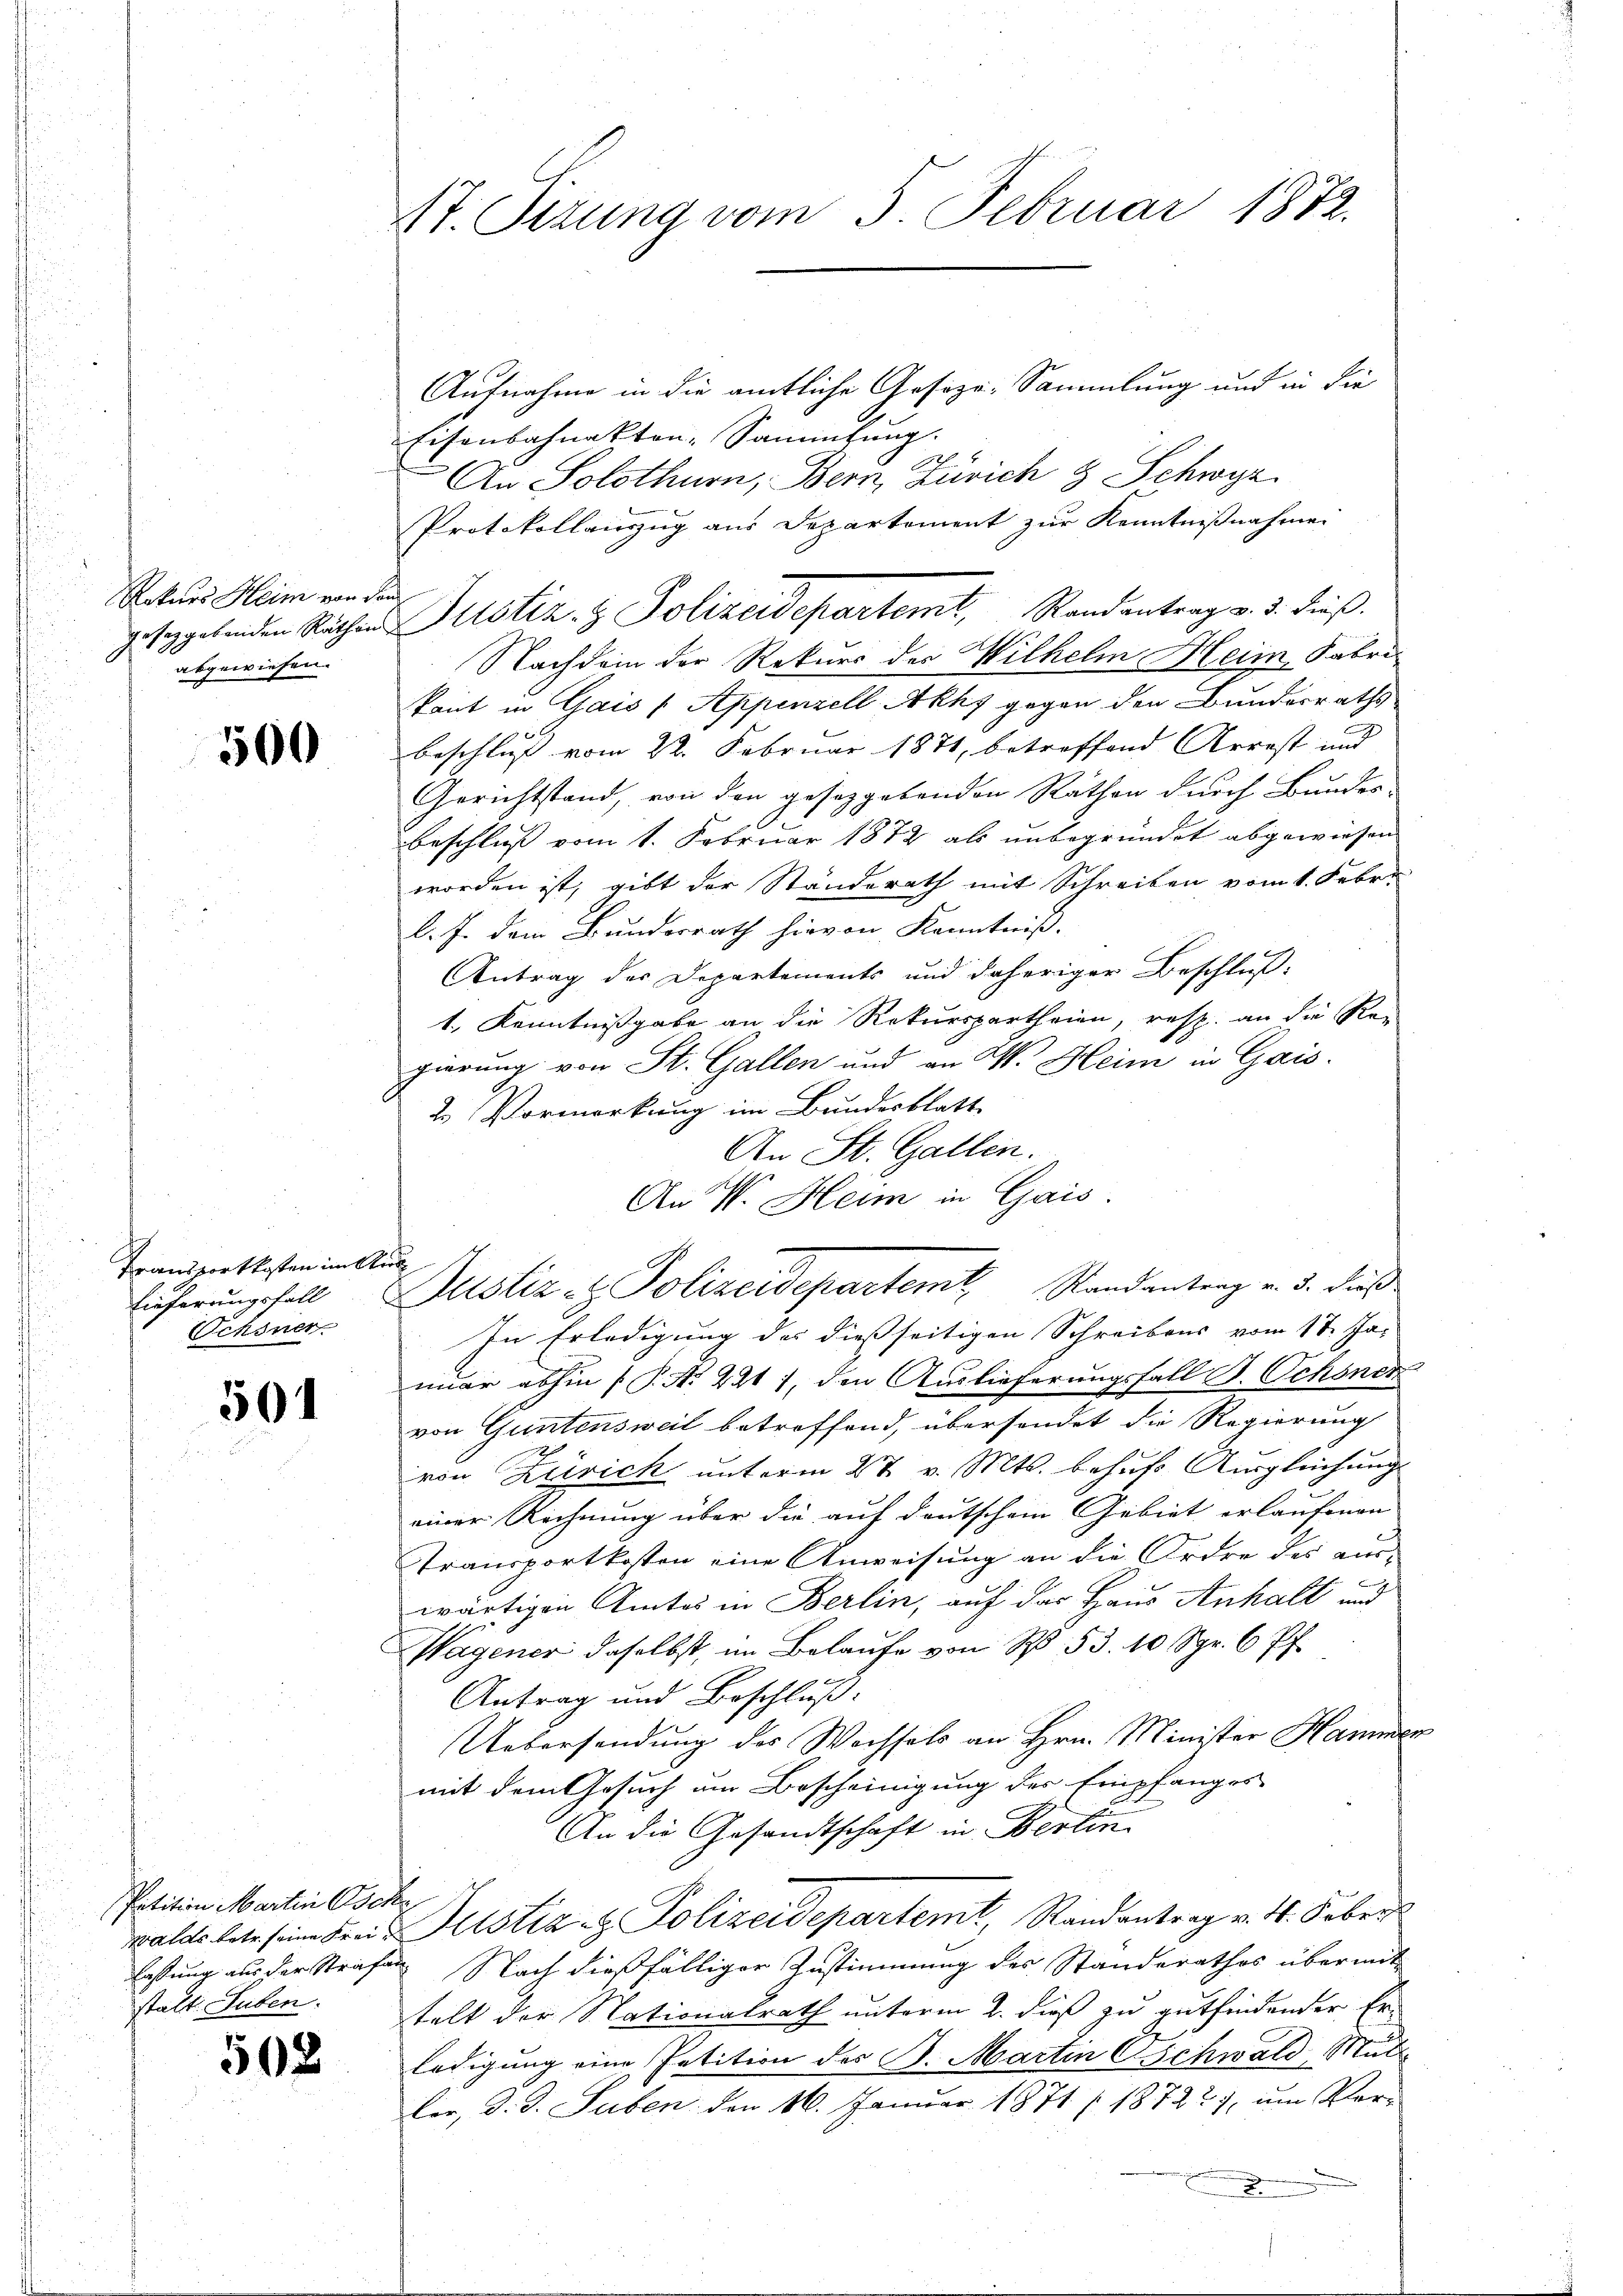
Rekurs Heim von den
abgewiesen.

500

Transportkosten im Aus
Lieferungsfall
Schsner

504

Aufnahme in die amtliche Gesöze: Sammlung und in die
Eisenbahnakten, Sammlung.
An Solothurn, Bern, Zürich & Schwyz
Protokollauszug aus Departement zur Kenntnißnahmen
sgebenden Rathen Justiz- & Polizeidepartemt, Randantrag v. 3. dieß.
Nachdem der Rekurs des Wilhelm Heim, Fabri
kant in Gais (Appenzell Akhs gegen den Bundesraths
beschluß vom 22. Februar 1871, betreffend Arrest und
Gerichtstand, von den gesetzgebenden Rathen durch Bundes-
Beschluss vom 1. Februar 1872 als unbegründet abgewiesen
worden ist, gibt der Ständerath mit Schreiben vom 1. Febr.
l. J. dem Bundesrath hievon Kenntniß.
Antrag der Departements und daheriger Beschluß-
1., Kenntnißgabe an die Rekurspartheien, resp. an die Ren
gierung von St. Gallen und an W. Heim in Gais.
2. Vormerkung im Bundesblatt
An St. Gallen.
An W. Heim in Gais.
Justiz- & Polizeidepartemb. Randantrag v. 3. dieß
In Erledigung des dießseitigen Schreibens vom 18. Ja-
nuar abhin (P. Nr. 221 7, den Auslieferungsfall P. Schönen
von Guntensweil betreffend, übersendet die Regierung
von Zürich unterm 27. v. Mts. behufs Ausgleichungs
einer Rechnung über die auf deutschem Gebiet erlaufenen
Transportkosten eine Anweisung an die Ordre des aus-
wärtigen Amtes in Berlin, auf das Haus Anhalt und
Wagener daselbst, im Belaufe von R. 53. 10 Spr. 6 Pf.
Antrag und Beschluß:
Uebersendung des Wachsels an Hrn. Minister Hammer
mit dem Gesuch um Bescheinigung des Empfanges
An die Gesandtschaft in Berlin
walde late seine Frei Altstia z. Polizeidepartemt, Randantrag v. 4. Feber
lastung aus der Strafen Nach dießfälliger Zustimmung des Standerathes übermit
telt der Nationalrath unterm 2. dieß zu gutfindender Er-
ledigung eine Petition des B. Martin C Schwald, Stud
ler, d. d. Suben den 16. Januar 1871 (18722), um Vor-

Patition Martin Esche
stalt. Suben.

508

17. Pirung vom 5. Februar 1872.